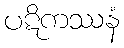
ပဋိကဿနံ